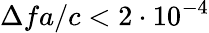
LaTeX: \Delta fa/c<2\cdot 10^{-4}